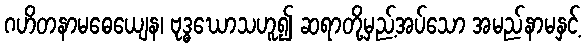
ဂဟိတနာမဓေယျေန၊ ဗုဒ္ဓဃောသဟူ၍ ဆရာတို့မှည့်အပ်သော အမည်နာမနှင့်